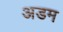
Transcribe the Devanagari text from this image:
अडम